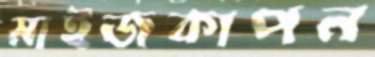
মাইজকাপন